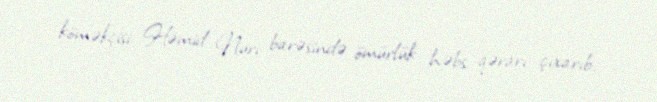
köməkçisi Həmid Nuri barəsində ömürlük həbs qərarı çıxarıb.